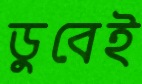
ডুবেই